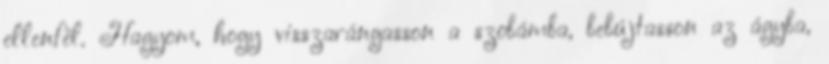
ellenfél. Hagyom, hogy visszarángasson a szobámba, bebújtasson az ágyba,